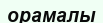
орамалы